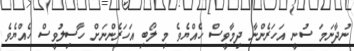
ނުދާނަމަ ސުނީ އަހަރެންނާ ދިމާވީސް ހެއްޔެވެ މި ލޯބި އަހަރެންނަށް ހާސިލުވީސް ހެއްޔެވެ